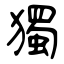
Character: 獨